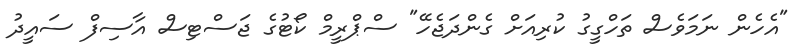
"އެހެން ނަމަވެސް ތަހްގީގު ކުރިއަށް ގެންދަޖެހޭ" ސްޕްރީމް ކޯޓުގެ ޖަސްޓިސް އާސިފް ސައީދު